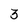
Character: 3